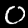
Label: 0